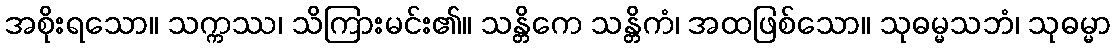
အစိုးရသော။ သက္ကဿ၊ သိကြားမင်း၏။ သန္တိကေ သန္တိကံ၊ အထဖြစ်သော။ သုဓမ္မသဘံ၊ သုဓမ္မာ